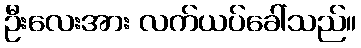
ဦးလေးအား လက်ယပ်ခေါ်သည်။